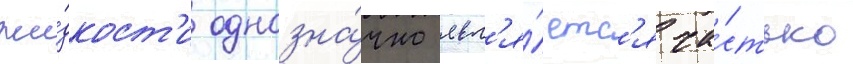
жи́дкост'и однозна́чно явл'я́етс'я ча́стью